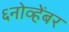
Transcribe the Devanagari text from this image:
६नोव्हेंबर